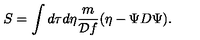
S = \int d \tau d \eta { \frac { m } { { \cal D } f } } ( \eta - \Psi { D } \Psi ) .